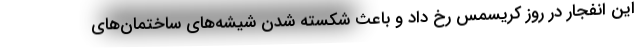
این انفجار در روز کریسمس رخ داد و باعث شکسته شدن شیشه‌های ساختمان‌های